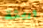
وريثة